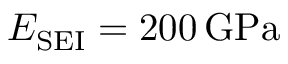
E _ { \mathrm { S E I } } = 2 0 0 \, \mathrm { G P a }